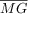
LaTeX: \overline { { M G } }